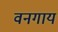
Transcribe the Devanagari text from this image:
वनगाय